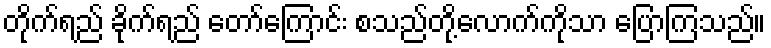
တိုက်ရည် ခိုက်ရည် တော်ကြောင်း စသည်တို့လောက်ကိုသာ ပြောကြသည်။